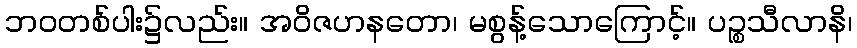
ဘဝတစ်ပါး၌လည်း။ အဝိဇဟနတော၊ မစွန့်သောကြောင့်။ ပဉ္စသီလာနိ၊